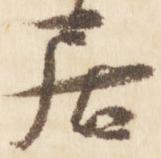
居